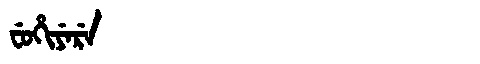
Manchu: ᠸᡠᡥᡳᠶᡝᡵᡝ
Romanization: FUHIYERE